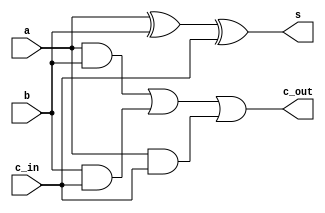
// Full Adder
module full_adder(input wire a, b, c_in, output wire s, c_out);
	assign s = a ^ b ^ c_in;
    assign c_out = a&b | b&c_in | a&c_in;
endmodule